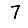
Digit: 7